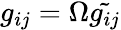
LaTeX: g_{ij}=\Omega\tilde{g_{ij}}